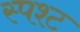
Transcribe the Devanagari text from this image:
स्पश्‍ट